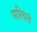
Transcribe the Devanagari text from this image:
सलिलं